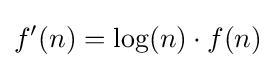
f^{\prime }(n)=\log(n)\cdot f(n)